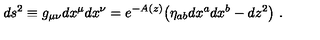
d s ^ { 2 } \equiv g _ { \mu \nu } d x ^ { \mu } d x ^ { \nu } = e ^ { - A ( z ) } \big ( \eta _ { a b } d x ^ { a } d x ^ { b } - d z ^ { 2 } \big ) \ .